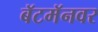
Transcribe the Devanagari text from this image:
बॅटमॅनवर